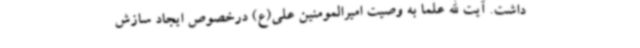
داشت. آیت الله علما به وصیت‌ امیرالمومنین علی(ع) درخصوص ایجاد سازش